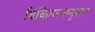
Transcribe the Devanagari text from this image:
विकितत्त्वानुसार